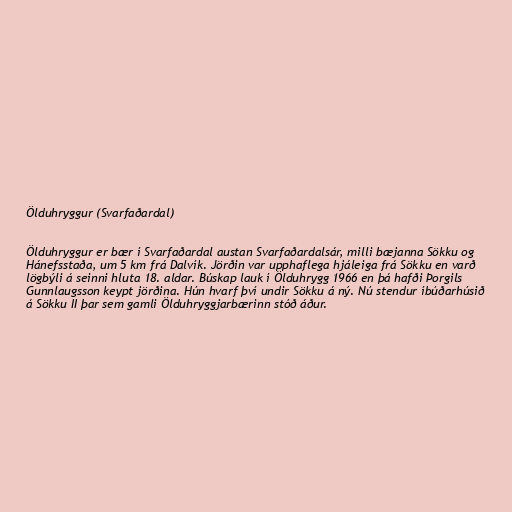
Ölduhryggur (Svarfaðardal)

Ölduhryggur er bær í Svarfaðardal austan Svarfaðardalsár, milli bæjanna Sökku og
Hánefsstaða, um 5 km frá Dalvík. Jörðin var upphaflega hjáleiga frá Sökku en varð
lögbýli á seinni hluta 18. aldar. Búskap lauk í Ölduhrygg 1966 en þá hafði Þorgils
Gunnlaugsson keypt jörðina. Hún hvarf því undir Sökku á ný. Nú stendur íbúðarhúsið
á Sökku II þar sem gamli Ölduhryggjarbærinn stóð áður.